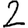
Digit: 2